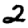
Digit: 2